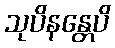
သုပိနန္တေပိ